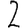
Digit: 2